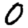
Digit: 0